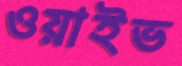
ওয়াইভ